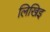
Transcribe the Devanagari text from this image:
लिखिइ